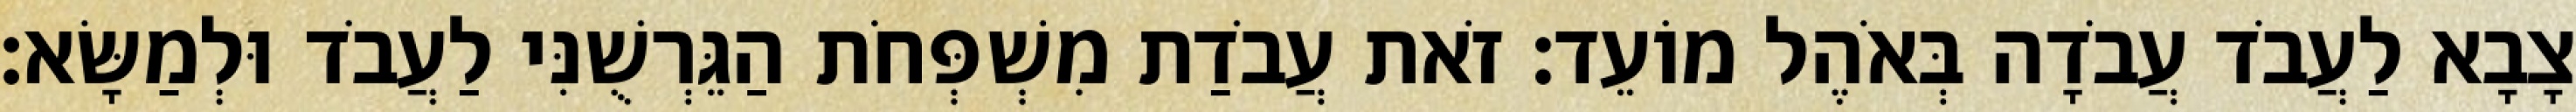
צָבָא לַעֲבֹד עֲבֹדָה בְּאֹהֶל מוֹעֵד׃ זֹאת עֲבֹדַת מִשְׁפְּחֹת הַגֵּרְשֻׁנִּי לַעֲבֹד וּלְמַשָּׂא׃